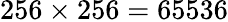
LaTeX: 256\times 256=65536